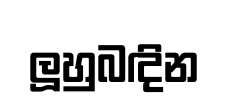
ලූහුබඳින